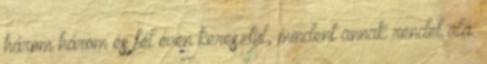
három–három és fél éven keresztül, mindent annak rendel alá.